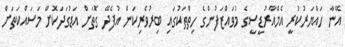
އޭނާ ހައްޔަރުކުރީ އެމްއާރުޑީސީގެ މުވައްޒަފުންގެ ހިތްތަކުގައި ބިރުވެރިކަން އުފެދޭ ގޮތަށް އަޑުގަދަކޮށް މަސައްކަތަށް